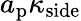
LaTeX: a_{\mathrm{p}}\kappa_{\mathrm{side}}